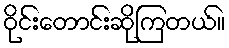
ဝိုင်းတောင်းဆိုကြတယ်။